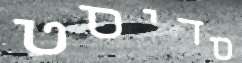
סדיסט